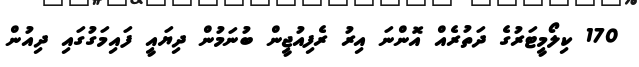
170 ކިލޯމީޓަރުގެ ދަތުރެއް އޮންނަ އިރު ރެފިއުޖީން ބުނަމުން ދިޔައީ ފައިމަގުގައި ދިއުން